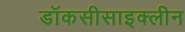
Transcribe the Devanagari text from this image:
डॉकसीसाइक्लीन